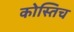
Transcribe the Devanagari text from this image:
कोस्तिच